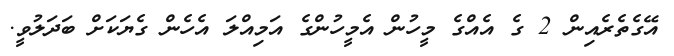
އޭގެތެރެއިން 2 ގެ އެއްގެ މީހުން އެމީހުންގެ އަމިއްލަ އެހެން ގެޔަކަށް ބަދަލުވީ.